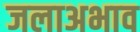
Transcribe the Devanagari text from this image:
जलाअभाव